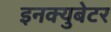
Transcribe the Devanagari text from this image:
इनक्युबेटर